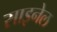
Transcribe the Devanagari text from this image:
साइनेल